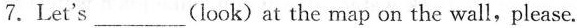
7.Let's ___(look)at the map on the wall,please.